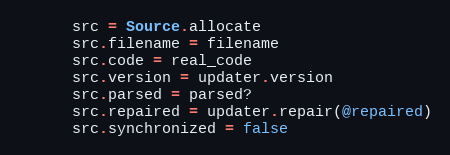
Language: Ruby
      src = Source.allocate
      src.filename = filename
      src.code = real_code
      src.version = updater.version
      src.parsed = parsed?
      src.repaired = updater.repair(@repaired)
      src.synchronized = false